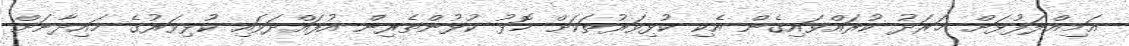
އަމިއްލަފުޅަށް ޚަރަދު ކުރައްވައިގެން އެކި ކުޅިވަރުތަކަށް މޮޅު ކުޅުންތެރިން އުފައްދަވައި ކުޅިވަރުގެ މައިދާނަށް